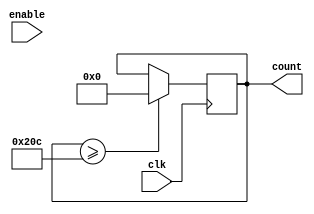
module v_count(clk, enable, count);
input clk;
input enable;
output [9:0] count;
reg [9:0] count;
initial count = 0;
always @ (posedge clk)
begin
if (count < 524 & enable == 1)
begin
count <= count + 1;
end
if (count >= 524)
begin
count =0;
end
end
endmodule